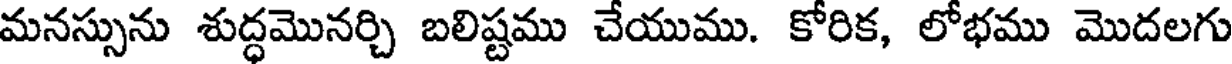
మనస్సును శుద్ధమొనర్చి బలిష్టము చేయుము. కోరిక, లోభము మొదలగు